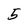
Character: 5